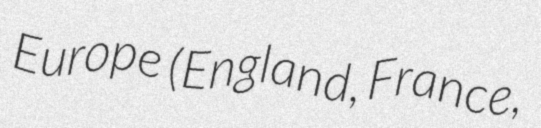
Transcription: Europe (England, France,